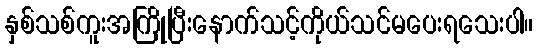
နှစ်သစ်ကူးအကြိုပြီးနောက်သင့်ကိုယ်သင်မပေးရသေးပါ။